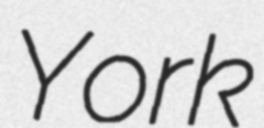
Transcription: York